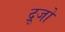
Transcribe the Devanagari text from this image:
द्रूजो